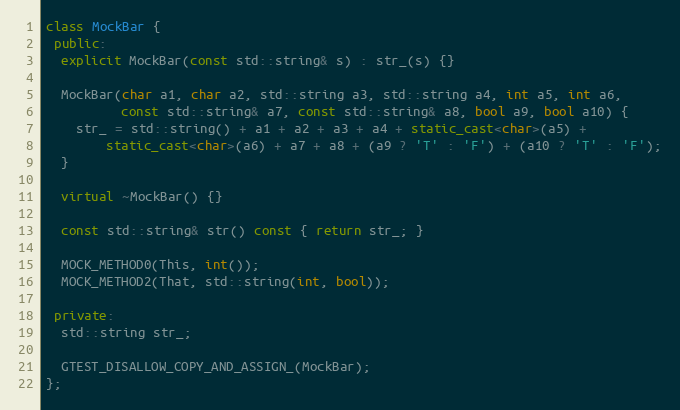
Language: C++
class MockBar {
 public:
  explicit MockBar(const std::string& s) : str_(s) {}

  MockBar(char a1, char a2, std::string a3, std::string a4, int a5, int a6,
          const std::string& a7, const std::string& a8, bool a9, bool a10) {
    str_ = std::string() + a1 + a2 + a3 + a4 + static_cast<char>(a5) +
        static_cast<char>(a6) + a7 + a8 + (a9 ? 'T' : 'F') + (a10 ? 'T' : 'F');
  }

  virtual ~MockBar() {}

  const std::string& str() const { return str_; }

  MOCK_METHOD0(This, int());
  MOCK_METHOD2(That, std::string(int, bool));

 private:
  std::string str_;

  GTEST_DISALLOW_COPY_AND_ASSIGN_(MockBar);
};